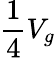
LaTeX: {\frac{1}{4}}V_{g}